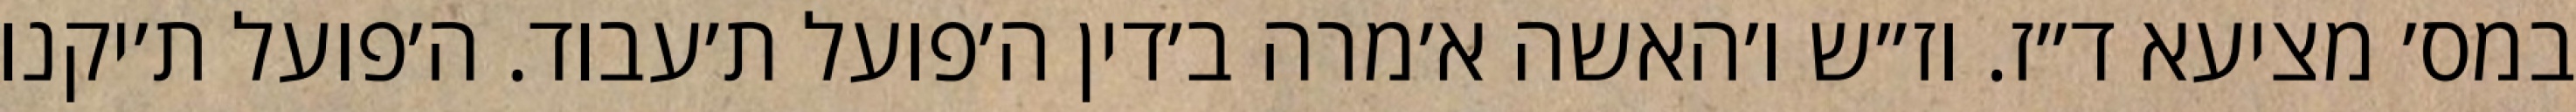
במס׳ מציעא ד״ז. וז״ש ו׳האשה א׳מרה ב׳דין ה׳פועל ת׳עבוד. ה׳פועל ת׳יקנו